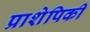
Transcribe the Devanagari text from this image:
प्राशेपिकी